On a parasite found in the white corpuscles of the blood of palm squirrels - Number 24
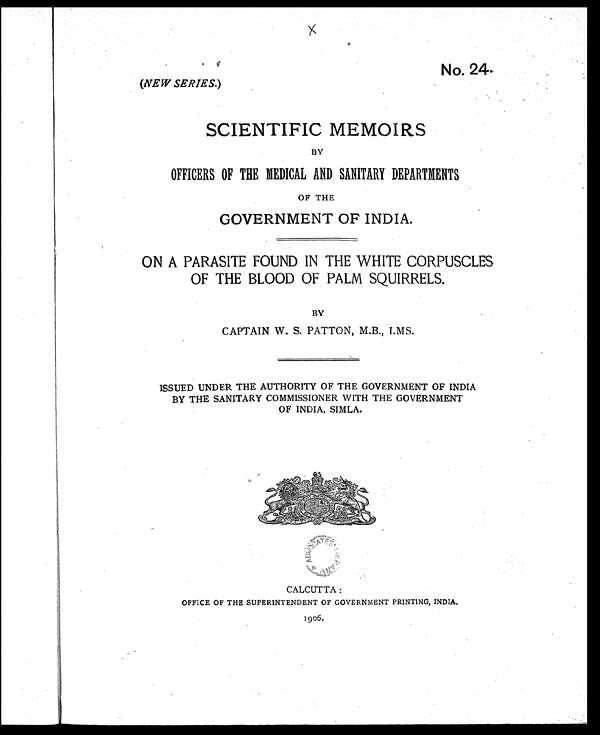
No. 24.
(NEW SERIES.)
SCIENTIFIC MEMOIRS
BY
OFFICERS OF THE MEDICAL AND SANITARY DEPARTMENTS
OF THE
GOVERNMENT OF INDIA.
ON A PARASITE FOUND IN THE WHITE CORPUSCLES
OF THE BLOOD OF PALM SQUIRRELS.
BY
CAPTAIN W. S. PATTON, M.B., I.MS.
ISSUED UNDER THE AUTHORITY OF THE GOVERNMENT OF INDIA
BY THE SANITARY COMMISSIONER WITH THE GOVERNMENT
OF INDIA, SIMLA.
CALCUTTA :
OFFICE OF THE SUPERINTENDENT OF GOVERNMENT PRINTING, INDIA.
1906.